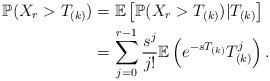
LaTeX: \begin{align*}\mathbb{P}(X_{r}>T_{(k)})&=\mathbb{E}\left[\mathbb{P}(X_{r}>T_{(k)})|T_{(k)}\right]\\&=\sum_{j=0}^{r-1}\frac{s^{j}}{j!}\mathbb{E}\left(e^{-sT_{(k)}}T_{(k)}^{j}\right). \end{align*}